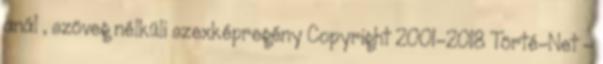
anál , szöveg nélküli szexképregény Copyright 2001-2018 Törté-Net -